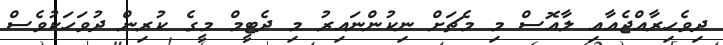
ދިވެހިރާއްޖެއާއި ލާއޮސް މި މެޗަށް ނިކުންނައިރު މި ދެޓީމް މީގެ ކުރިން ދުވަހަކުވެސް